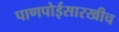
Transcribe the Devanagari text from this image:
पाणपोईसारखीच